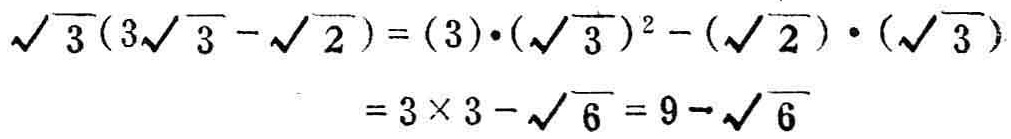
\(\sqrt{3}(3\sqrt{3}-\sqrt{2})=(3)\cdot(\sqrt{3})^{2}-(\sqrt{2})\cdot(\sqrt{3}) = 3\times 3-\sqrt{6}=9 - \sqrt{6}\)